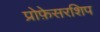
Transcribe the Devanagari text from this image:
प्रोफ़ेसरशिप